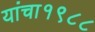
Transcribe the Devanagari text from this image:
यांचा१९८८